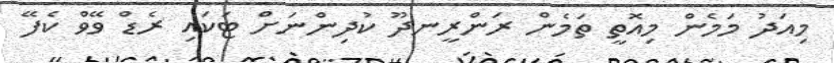
މިއަދު މަމެން މިއޮތީ ތަމެން ރަންރީނދޫ ކުދިންނަށް ޓަކައި ރެޑް ވޭވް ކެފޭ